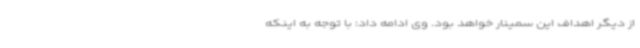
از دیگر اهداف این سمینار خواهد بود. وی ادامه داد: با توجه به اینکه